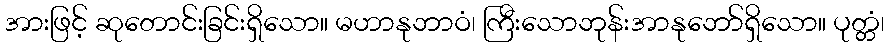
အားဖြင့် ဆုတောင်းခြင်းရှိသော။ မဟာနုဘာဝံ၊ ကြီးသောဘုန်းအာနုဘော်ရှိသော။ ပုတ္တံ၊